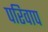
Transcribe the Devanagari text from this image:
परिवाप